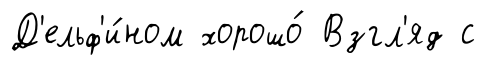
Д'ельф'и́ном хорошо́ Взгл'яд с